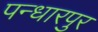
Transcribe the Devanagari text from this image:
पन्धारपुर